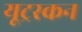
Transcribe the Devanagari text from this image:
यूट्रस्कन